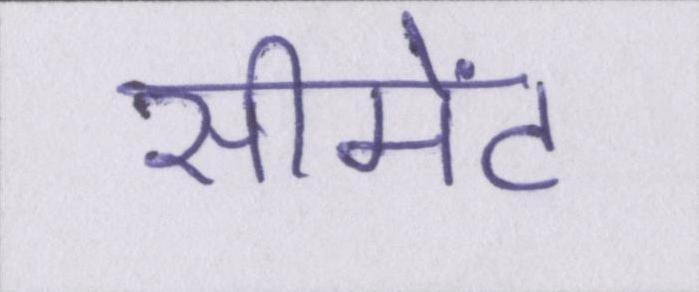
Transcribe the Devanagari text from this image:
सीमेंट